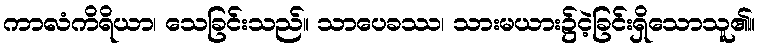
ကာလံကိရိယာ၊ သေခြင်းသည်။ သာပေခဿ၊ သားမယား၌ငဲ့ခြင်းရှိသောသူ၏။